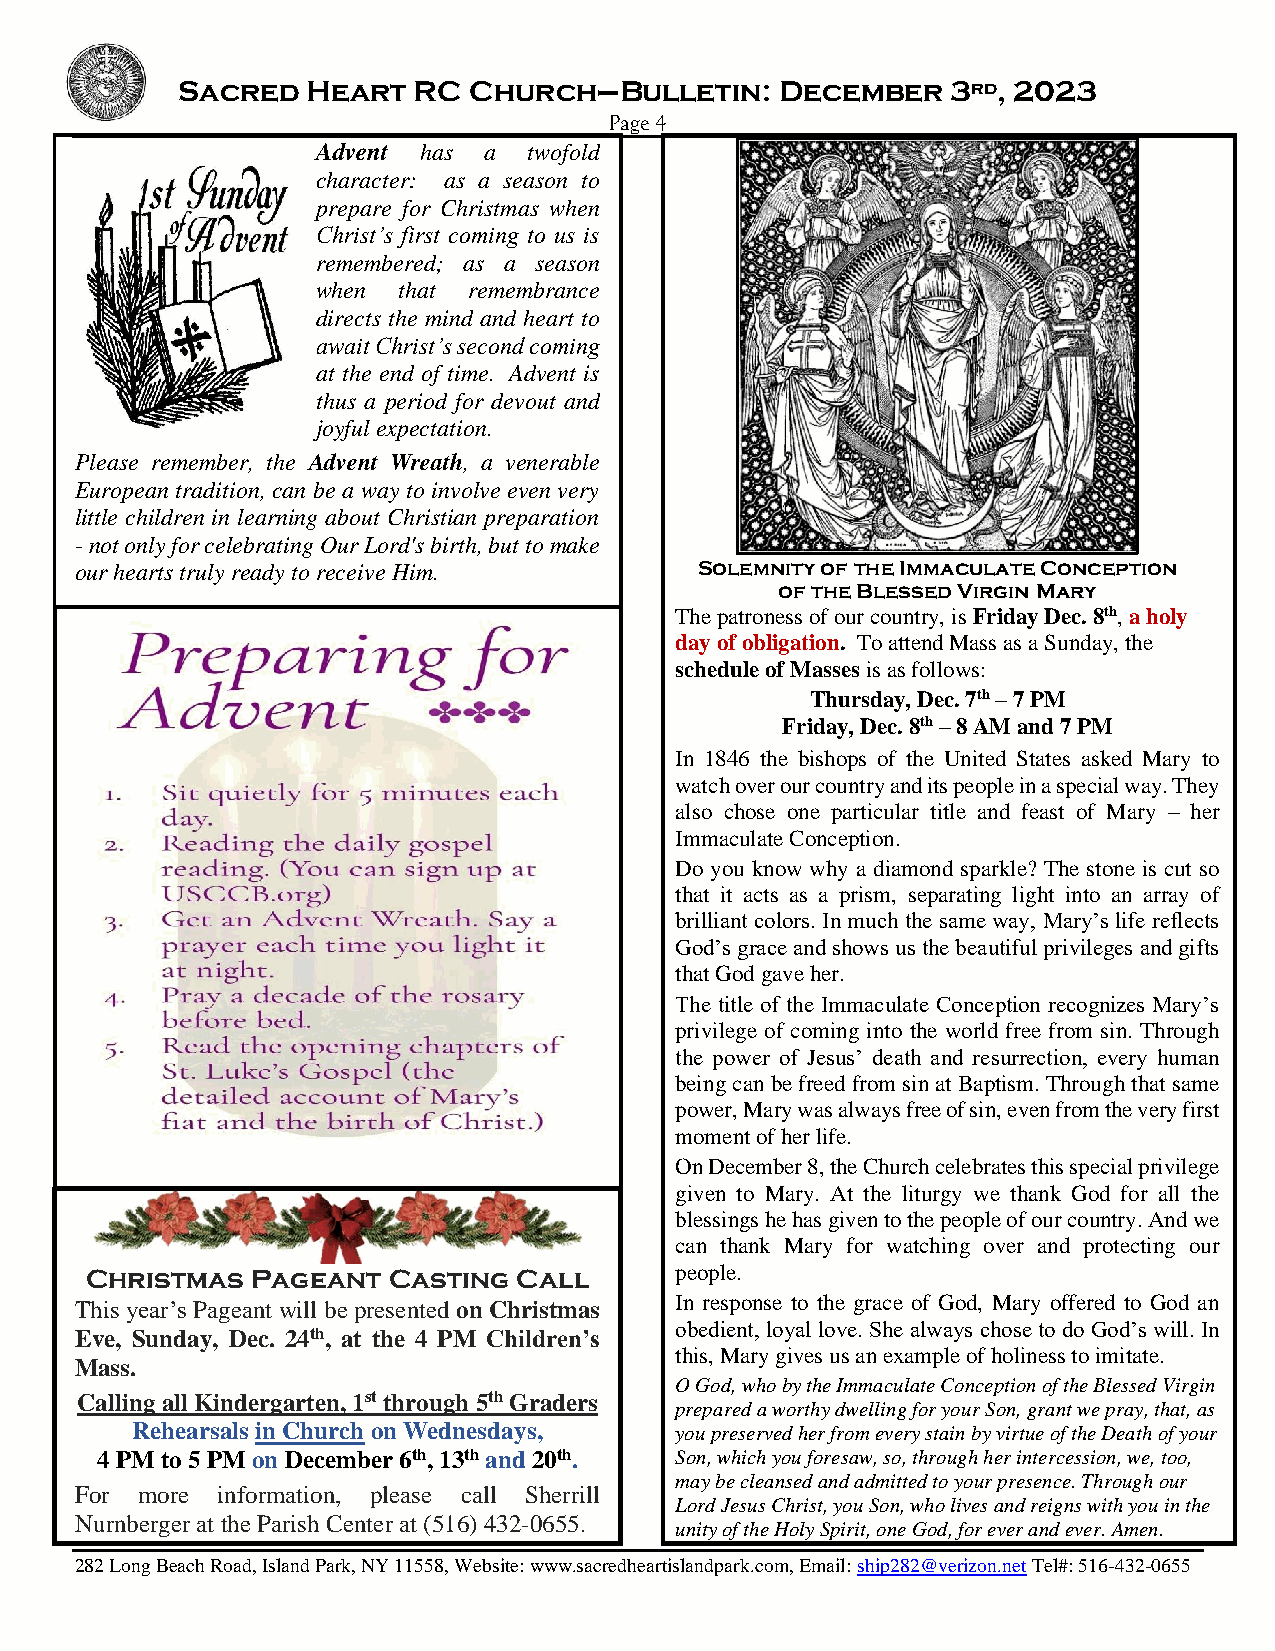
Sacred  Heart  RC  Church–Bulletin:     December   3rd, 2023
 Page 4
 Advent has a  twofold
 character: as a season to
 prepare for Christmas when
 Christ’s first coming to us is
 remembered; as a season
 when that remembrance
 directs the mind and heart to
 await Christ’s second coming
 at the end of time. Advent is
 thus a period for devout and
 joyful expectation.
 Please remember, the Advent Wreath, a venerable
 European tradition, can be a way to involve even very
 little children in learning about Christian preparation
 - not only for celebrating Our Lord's birth, but to make
 Solemnity of the Immaculate Conception
 our hearts truly ready to receive Him.
 of the Blessed Virgin Mary
 The patroness of our country, is Friday Dec. 8th, a holy
 day of obligation. To attend Mass as a Sunday, the
 schedule of Masses is as follows:
 Thursday, Dec. 7th – 7 PM
 Friday, Dec. 8th – 8 AM and 7 PM
 In 1846 the bishops of the United States asked Mary to
 watch over our country and its people in a special way. They
 also chose one particular title and feast of Mary – her
 Immaculate Conception.
 Do you know why a diamond sparkle? The stone is cut so
 that it acts as a prism, separating light into an array of
 brilliant colors. In much the same way, Mary’s life reflects
 God’s grace and shows us the beautiful privileges and gifts
 that God gave her.
 The title of the Immaculate Conception recognizes Mary’s
 privilege of coming into the world free from sin. Through
 the power of Jesus’ death and resurrection, every human
 being can be freed from sin at Baptism. Through that same
 power, Mary was always free of sin, even from the very first
 moment of her life.
 On December 8, the Church celebrates this special privilege
 given to Mary. At the liturgy we thank God for all the
 blessings he has given to the people of our country. And we
 can thank Mary for watching over and protecting our
 Christmas  Pageant  Casting Call       people.
 This year’s Pageant will be presented on Christmas In response to the grace of God, Mary offered to God an
 obedient, loyal love. She always chose to do God’s will. In
 Eve, Sunday, Dec. 24th, at the 4 PM Children’s
 this, Mary gives us an example of holiness to imitate.
 Mass.
 O God, who by the Immaculate Conception of the Blessed Virgin
 Calling all Kindergarten, 1st through 5th Graders
 prepared a worthy dwelling for your Son, grant we pray, that, as
 Rehearsals in Church on Wednesdays, you preserved her from every stain by virtue of the Death of your
 4 PM to 5 PM on December 6th, 13th and 20th. Son, which you foresaw, so, through her intercession, we, too,
 may be cleansed and admitted to your presence. Through our
 For more information, please call Sherrill
 Lord Jesus Christ, you Son, who lives and reigns with you in the
 Nurnberger at the Parish Center at (516) 432-0655.
 unity of the Holy Spirit, one God, for ever and ever. Amen.
 282 Long Beach Road, Island Park, NY 11558, Website: www.sacredheartislandpark.com, Email: ship282@verizon.net Tel#: 516-432-0655